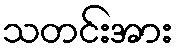
သတင်းအား